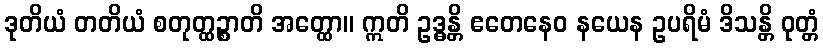
ဒုတိယံ တတိယံ စတုတ္ထဉ္စာတိ အတ္ထော။ ဣတိ ဥဒ္ဓန္တိ ဧတေနေဝ နယေန ဥပရိမံ ဒိသန္တိ ဝုတ္တံ